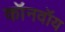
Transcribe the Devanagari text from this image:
कॉनवॉय